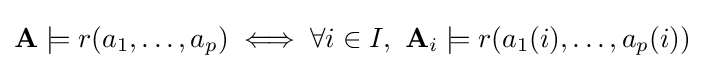
\mathbf {A} \models r(a_{1},\ldots ,a_{p})\iff \forall i\in I,\ \mathbf {A} _{i}\models r(a_{1}(i),\ldots ,a_{p}(i))